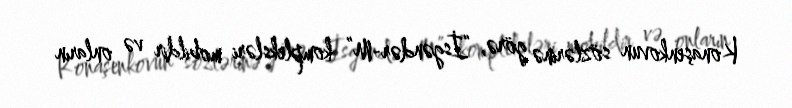
Konaşenkovun sözlərinə görə, “İsgəndər-M” kompleksləri mobildir və onların